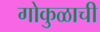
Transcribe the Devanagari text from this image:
गोकुळाची